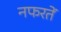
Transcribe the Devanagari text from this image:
नफरतें